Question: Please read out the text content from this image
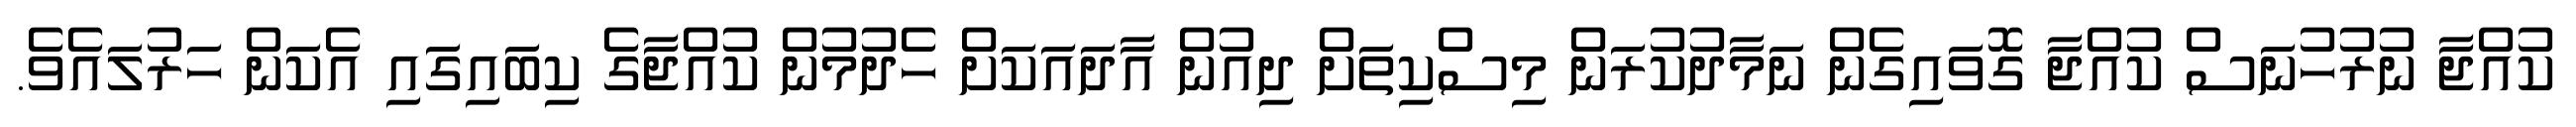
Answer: ކުއްޖާ ނުރުހުނަސް ކުއްޖާ ގޮވައިގެން ނަމާދުކުރަން މިސްކިތަށް ދިއުން އާދައަކަށް ހެދުމުން ކުއްޖާގެ ކިބައިގައި އެކަން ހަރުލައެވެ.